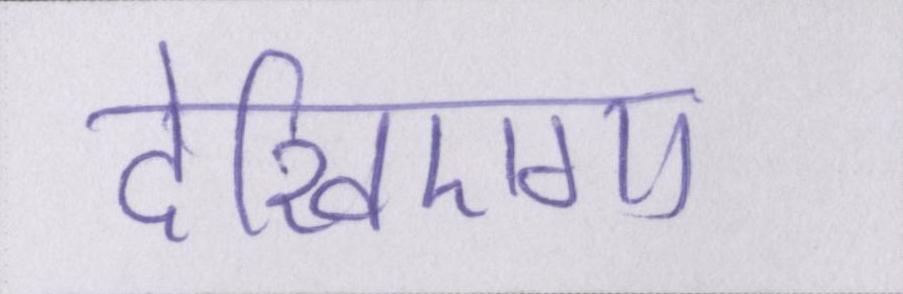
देखिएगा